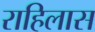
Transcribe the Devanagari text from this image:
राहिलास